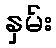
နှမ်း